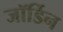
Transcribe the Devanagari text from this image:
जॉर्डिन